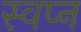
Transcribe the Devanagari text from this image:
स्‍वप्‍न